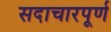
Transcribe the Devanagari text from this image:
सदाचारपूर्ण